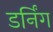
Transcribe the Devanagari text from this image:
डर्निंग